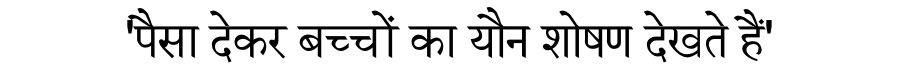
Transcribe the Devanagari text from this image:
'पैसा देकर बच्चों का यौन शोषण देखते हैं'